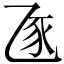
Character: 𧰦